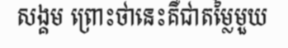
សង្គម ព្រោះថានេះគឺជាតម្លៃមួយ